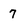
Character: 7